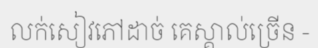
លក់សៀវភៅដាច់ គេស្គាល់ច្រើន -